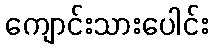
ကျောင်းသားပေါင်း